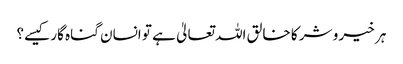
ہر خیر و شر کا خالق اللہ تعالیٰ ہے تو انسان گناہ گار کیسے؟